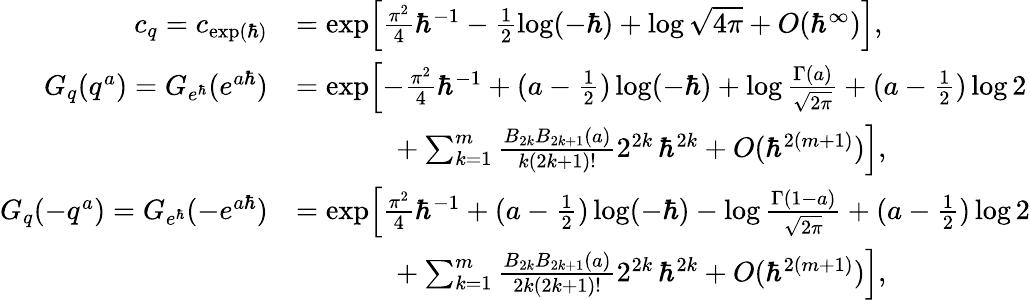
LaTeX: \begin{array}{rl}{c_{q}=c_{\exp(\hbar)}}&{=\exp\Bigl[\frac{\pi^{2}}{4}\hbar^{-1}-\frac{1}{2}\log(-\hbar)+\log\sqrt{4\pi}+O(\hbar^{\infty})\Bigr],}\\ {G_{q}(q^{a})=G_{e^{\hbar}}(e^{a\hbar})}&{=\exp\Bigl[-\frac{\pi^{2}}{4}\hbar^{-1}+(a-\frac{1}{2})\log(-\hbar)+\log\frac{\Gamma(a)}{\sqrt{2\pi}}+(a-\frac{1}{2})\log 2}\\ &{\phantom{=\exp x}+\sum_{k=1}^{m}\frac{B_{2k}B_{2k+1}(a)}{k(2k+1)!}2^{2k}\, \hbar^{2k}+O(\hbar^{2(m+1)})\Bigr],}\\ {G_{q}(-q^{a})=G_{e^{\hbar}}(-e^{a\hbar})}&{=\exp\Bigl[\frac{\pi^{2}}{4}\hbar^{-1}+(a-\frac{1}{2})\log(-\hbar)-\log\frac{\Gamma(1-a)}{\sqrt{2\pi}}+(a-\frac{1}{2})\log 2}\\ &{\phantom{=\exp x}+\sum_{k=1}^{m}\frac{B_{2k}B_{2k+1}(a)}{2k(2k+1)!}2^{2k}\, \hbar^{2k}+O(\hbar^{2(m+1)})\Bigr],}\end{array}